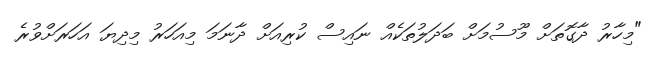
"މިހާރު ދާގޮތަށް މޫސުމަށް ބަދަލުތަކެއް ނައިސް ކުރިއަށް ދާނަމަ މިއަހަރު މިދިޔަ އަހަރަށްވުރެ